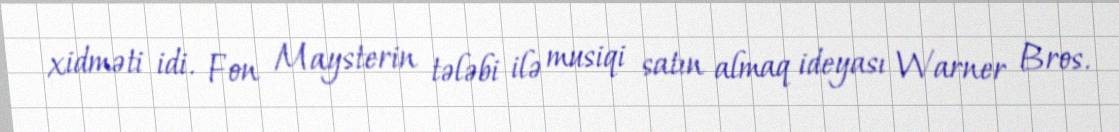
xidməti idi. Fon Maysterin tələbi ilə musiqi satın almaq ideyası Warner Bros.